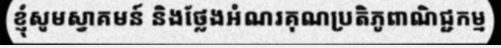
ខ្ញុំសូមស្វាគមន៍ និងថ្លែងអំណរគុណប្រតិភូពាណិជ្ជកម្ម